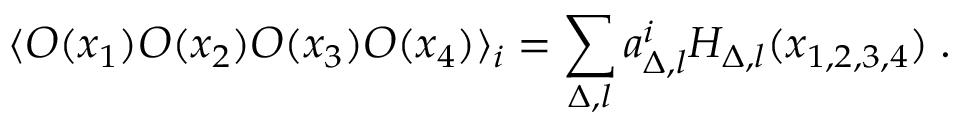
\langle O ( x _ { 1 } ) O ( x _ { 2 } ) O ( x _ { 3 } ) O ( x _ { 4 } ) \rangle _ { i } = \sum _ { \Delta , l } a _ { \Delta , l } ^ { i } { \cal H } _ { \Delta , l } ( x _ { 1 , 2 , 3 , 4 } ) \; .